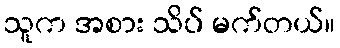
သူက အစား သိပ် မက်တယ်။